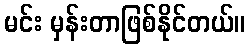
မင်း မှန်းတာဖြစ်နိုင်တယ်။